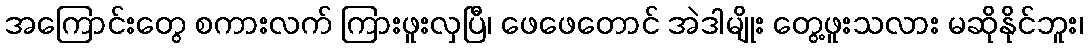
အကြောင်းတွေ စကားလက် ကြားဖူးလှပြီ၊ ဖေဖေတောင် အဲဒါမျိုး တွေ့ဖူးသလား မဆိုနိုင်ဘူး၊